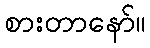
စားတာနော်။